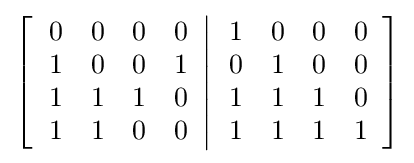
\left[\left.{\begin{array}{cccc}0&0&0&0\\1&0&0&1\\1&1&1&0\\1&1&0&0\end{array}}\right\vert {\begin{array}{cccc}1&0&0&0\\0&1&0&0\\1&1&1&0\\1&1&1&1\end{array}}\right]